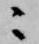
ニ